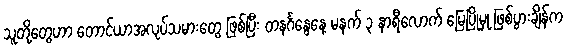
သူတို့တွေဟာ တောင်ယာအလုပ်သမားတွေ ဖြစ်ပြီး တနင်္ဂနွေနေ့ မနက် ၃ နာရီလောက် မြေပြိုမှု ဖြစ်ပွားချိန်က